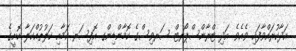
އަދާކުރައްވާފައި ވެއެވެ. އަދި ޓްރާންސްޕޯރޓް ސަރވިސްގެ ކޮމާންޑިންގ އޮފިސަރ ކަމާއި ކަލުތުއްކަލާ ކޮށީގެ